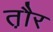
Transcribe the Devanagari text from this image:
त़ौर